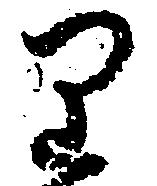
り